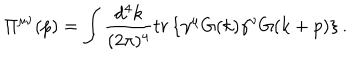
LaTeX: \Pi ^ { \mu \nu } ( p ) = \int \frac { d ^ { 4 } k } { ( 2 \pi ) ^ { 4 } } t r \left\{ \gamma ^ { \mu } G ( k ) \gamma ^ { \nu } G ( k + p ) \right\} .